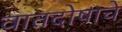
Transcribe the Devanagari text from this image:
वातदोषाचे